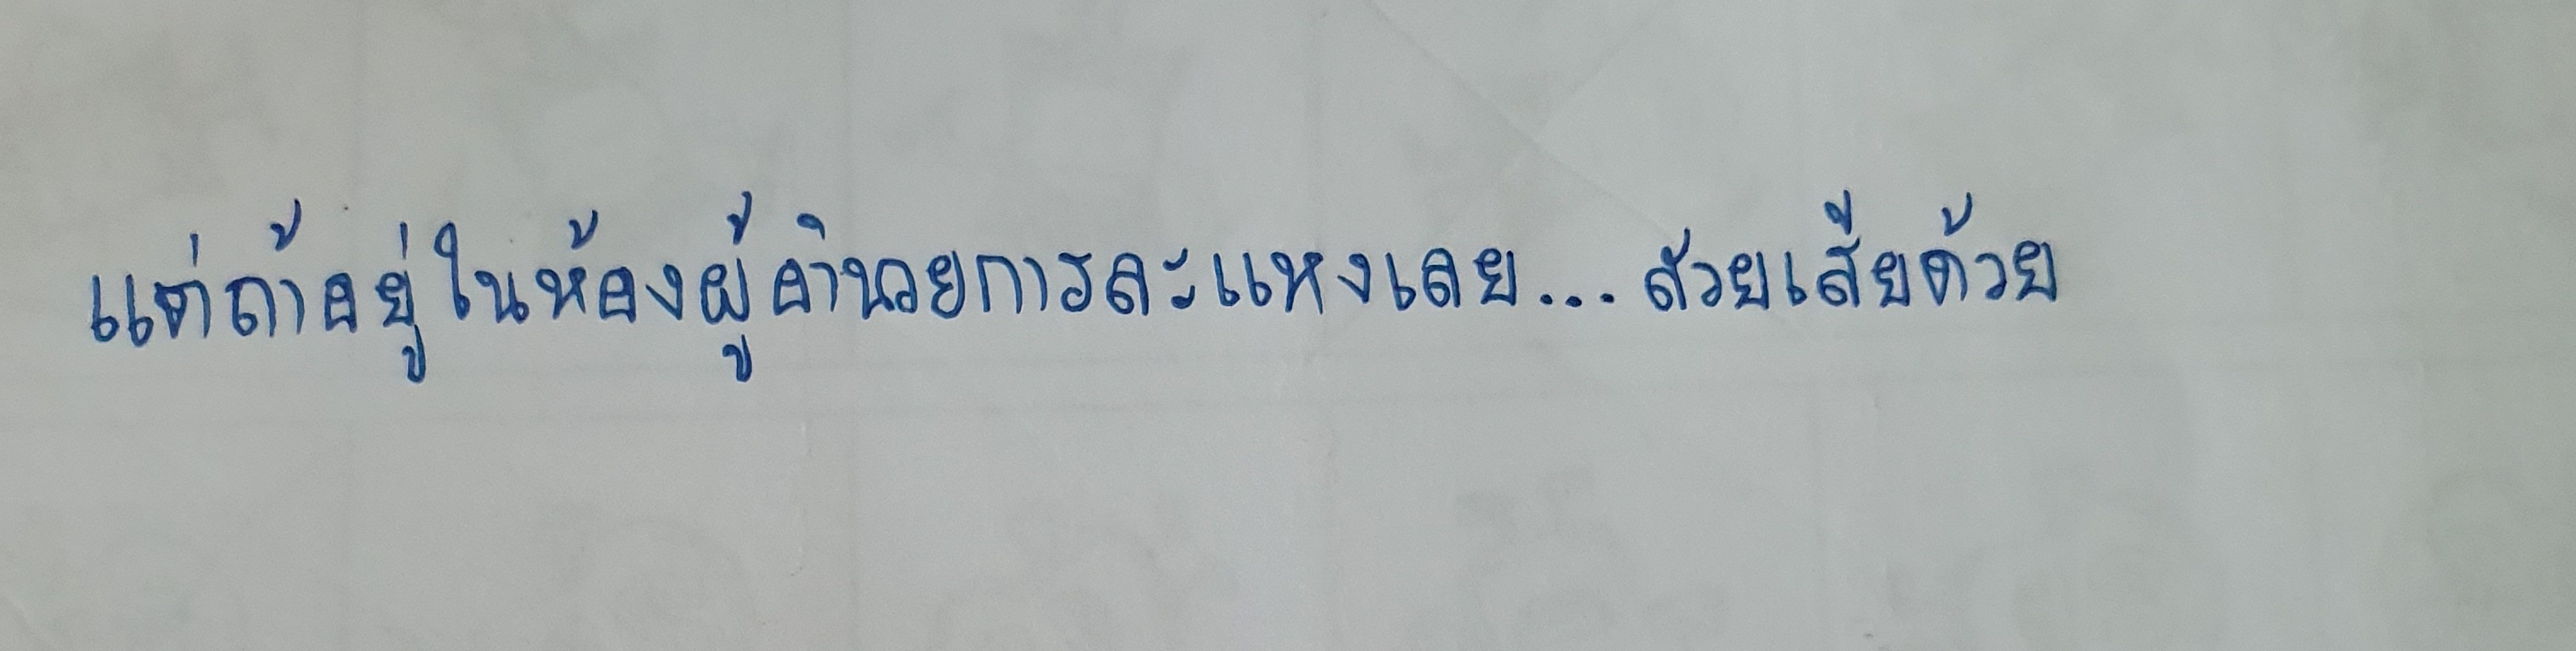
แต่ถ้าอยู่ในห้องผู้อำนวยการละแหงเลย...สวยเสียด้วย